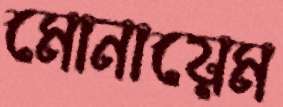
মোনায়েম